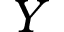
Y